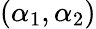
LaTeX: (\alpha_{1},\alpha_{2})